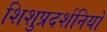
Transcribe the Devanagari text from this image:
शिशुप्रदर्शनियों